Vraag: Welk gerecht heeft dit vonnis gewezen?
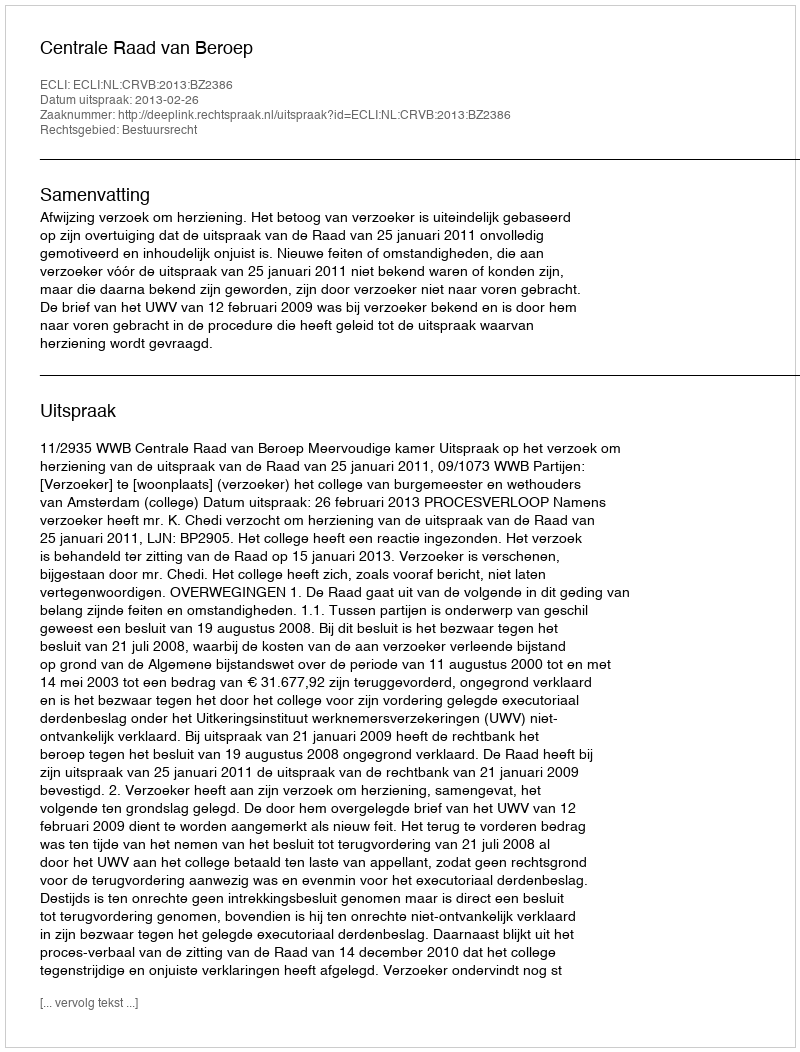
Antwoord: Centrale Raad van Beroep